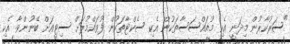
"ސަރުކާރުން މިދަނީ އެކި މުއައްސަސާތަކުން އެކި ސެކްޓާތަކުން ފުވައްމުލަށް ސިޓީއަށް ބޭނުންވާ އެކި